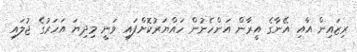
ރިޒައިން އާއި އޭނާގެ އީރާން އަންހެނުން ހައްޔަރުކޮށްފައި ވަނީ މިދިޔަ އަހަރުގެ ޖުލައި